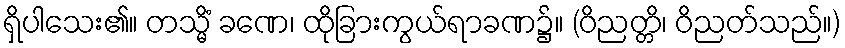
ရှိပါသေး၏။ တသ္မိံ ခဏေ၊ ထိုခြားကွယ်ရာခဏ၌။ (ဝိညတ္တိ၊ ဝိညတ်သည်။)